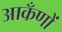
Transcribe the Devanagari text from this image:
आकँणों